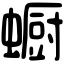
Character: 蟵